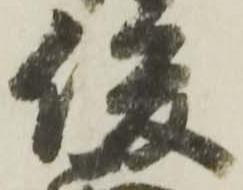
俊